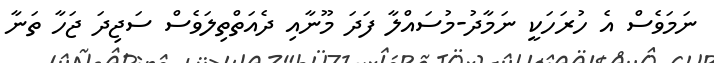
ނަމަވެސް އެ ހުރަހަކީ ނަމާދު-މުސައްލާ ފަދަ މޫނާއި ދެއަތްތިލަވެސް ސަޖިދަ ޖަހާ ތަނާ